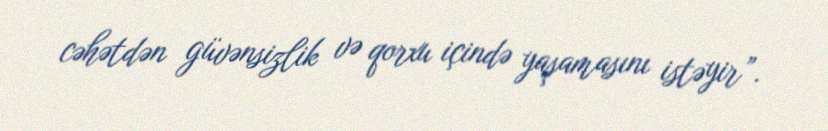
cəhətdən güvənsizlik və qorxu içində yaşamasını istəyir”.